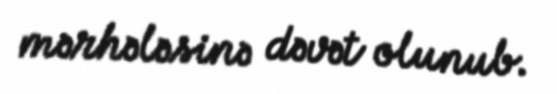
mərhələsinə dəvət olunub.